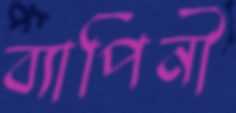
ব্যাপিনী